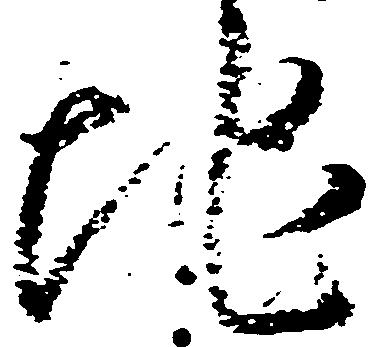
地